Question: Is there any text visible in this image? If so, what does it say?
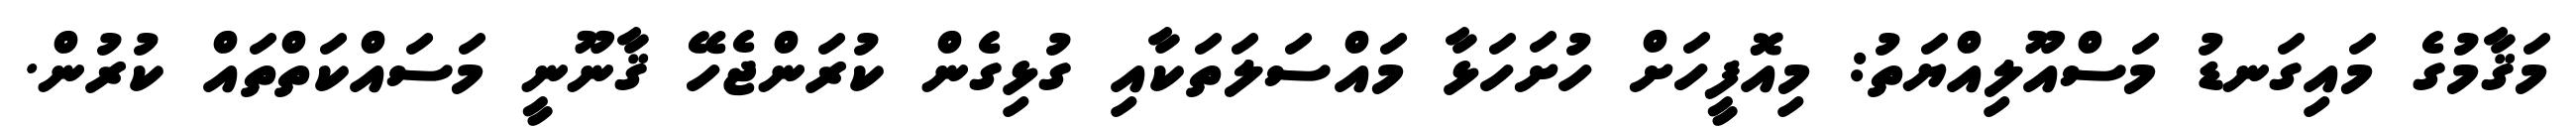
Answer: މަޤާމުގެ މައިގަނޑު މަސްއޫލިއްޔަތު: މިއޮފީހަށް ހުށަހަޅާ މައްސަލަތަކާއި ގުޅިގެން ކުރަންޖެހޭ ޤާނޫނީ މަސައްކަތްތައް ކުރުން.